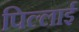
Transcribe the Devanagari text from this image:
पिल्लाई